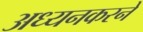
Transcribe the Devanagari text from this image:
अध्यनकरने